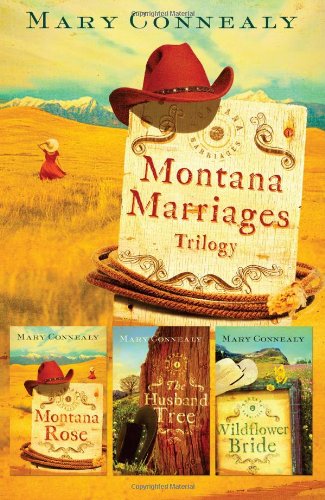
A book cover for Montana Marriages Trilogy; Mary Connealy; Christian Books & Bibles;